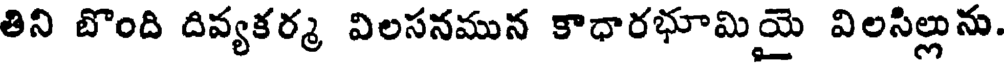
తిని బొంది దివ్యకర్మ విలసనమున కాధారభూమియై విలసిల్లును.